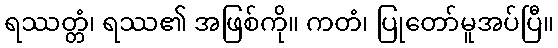
ရဿတ္တံ၊ ရဿ၏ အဖြစ်ကို။ ကတံ၊ ပြုတော်မူအပ်ပြီ။